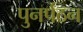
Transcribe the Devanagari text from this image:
पुनर्पठन